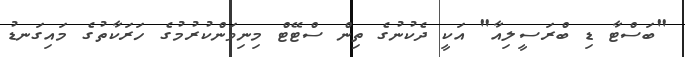
"ބަސްޓާ ޑި ބްރަސީލިއާ" އަކީ ދެކުނުގެ ތިން ސްޓޭޓް މިނިވަންކުރުމުގެ ހަރަކާތުގެ މައިގަނޑު